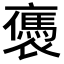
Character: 𧝥